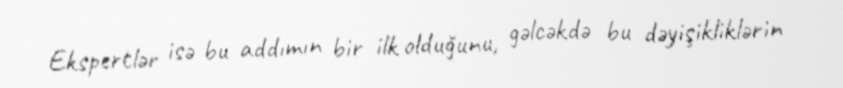
Ekspertlər isə bu addımın bir ilk olduğunu, gəlcəkdə bu dəyişikliklərin